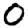
Digit: 0